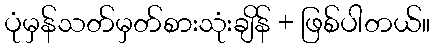
ပုံမှန်သတ်မှတ်စားသုံးချိန် + ဖြစ်ပါတယ်။